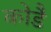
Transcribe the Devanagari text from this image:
कोडै